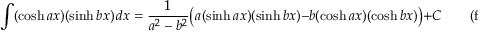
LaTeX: \int ( \cosh a x ) ( \sinh b x ) \, d x = { \frac { 1 } { a ^ { 2 } - b ^ { 2 } } } { \big ( } a ( \sinh a x ) ( \sinh b x ) - b ( \cosh a x ) ( \cosh b x ) { \big ) } + C \qquad { \mathrm { ( f o r ~ } } a ^ { 2 } \neq b ^ { 2 } { \mathrm { ) } }